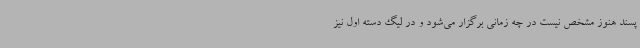
پسند هنوز مشخص نیست در چه زمانی برگزار می‌شود و در لیگ دسته اول نیز